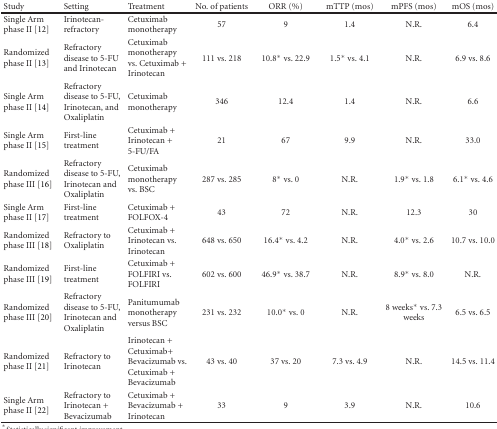
| Study | Setting | Treatment | No. of patients | ORR (%) | mTTP (mos) | mPFS (mos) | mOS (mos) |
 | --- | --- | --- | --- | --- | --- | --- | --- |
 | Single Arm phase II [12] | Irinotecan-refractory | Cetuximab monotherapy | 57 | 9 | 1.4 | N.R. | 6.4 |
 | Randomized phase II [13] | Refractory disease to 5-FU and Irinotecan | Cetuximab monotherapy vs. Cetuximab + Irinotecan | 111 vs. 218 | 10.8* vs. 22.9 | 1.5* vs. 4.1 | N.R. | 6.9 vs. 8.6 |
 | Single Arm phase II [14] | Refractory disease to 5-FU, Irinotecan, and Oxaliplatin | Cetuximab monotherapy | 346 | 12.4 | 1.4 | N.R. | 6.6 |
 | Single Arm phase II [15] | First-line treatment | Cetuximab + Irinotecan + 5-FU/FA | 21 | 67 | 9.9 | N.R. | 33.0 |
 | Randomized phase III [16] | Refractory disease to 5-FU, Irinotecan and Oxaliplatin | Cetuximab monotherapy vs. BSC | 287 vs. 285 | 8* vs. 0 | N.R. | 1.9* vs. 1.8 | 6.1* vs. 4.6 |
 | Single Arm phase II [17] | First-line treatment | Cetuximab + FOLFOX-4 | 43 | 72 | N.R. | 12.3 | 30 |
 | Randomized phase III [18] | Refractory to Oxaliplatin | Cetuximab + Irinotecan vs. Irinotecan | 648 vs. 650 | 16.4* vs. 4.2 | N.R. | 4.0* vs. 2.6 | 10.7 vs. 10.0 |
 | Randomized phase III [19] | First-line treatment | Cetuximab + FOLFIRI vs. FOLFIRI | 602 vs. 600 | 46.9* vs. 38.7 | N.R. | 8.9* vs. 8.0 | N.R. |
 | Randomized phase III [20] | Refractory disease to 5-FU, Irinotecan and Oxaliplatin | Panitumumab monotherapy versus BSC | 231 vs. 232 | 10.0* vs. 0 | N.R. | 8 weeks* vs. 7.3 weeks | 6.5 vs. 6.5 |
 | Randomized phase II [21] | Refractory to Irinotecan | Irinotecan + Cetuximab+ Bevacizumab vs. Cetuximab + Bevacizumab | 43 vs. 40 | 37 vs. 20 | 7.3 vs. 4.9 | N.R. | 14.5 vs. 11.4 |
 | Single Arm phase II [22] | Refractory to Irinotecan + Bevacizumab | Cetuximab + Bevacizumab + Irinotecan | 33 | 9 | 3.9 | N.R. | 10.6 |